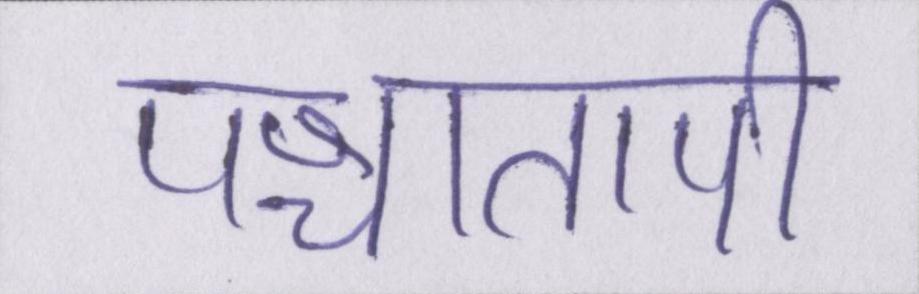
पश्चातापी